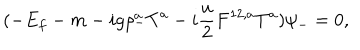
( - E _ { f } - m - i g \rho _ { - } ^ { a } { T } ^ { a } - i \frac { u } { 2 } F ^ { 1 2 , a } { T } ^ { a } ) \psi _ { - } = 0 ,